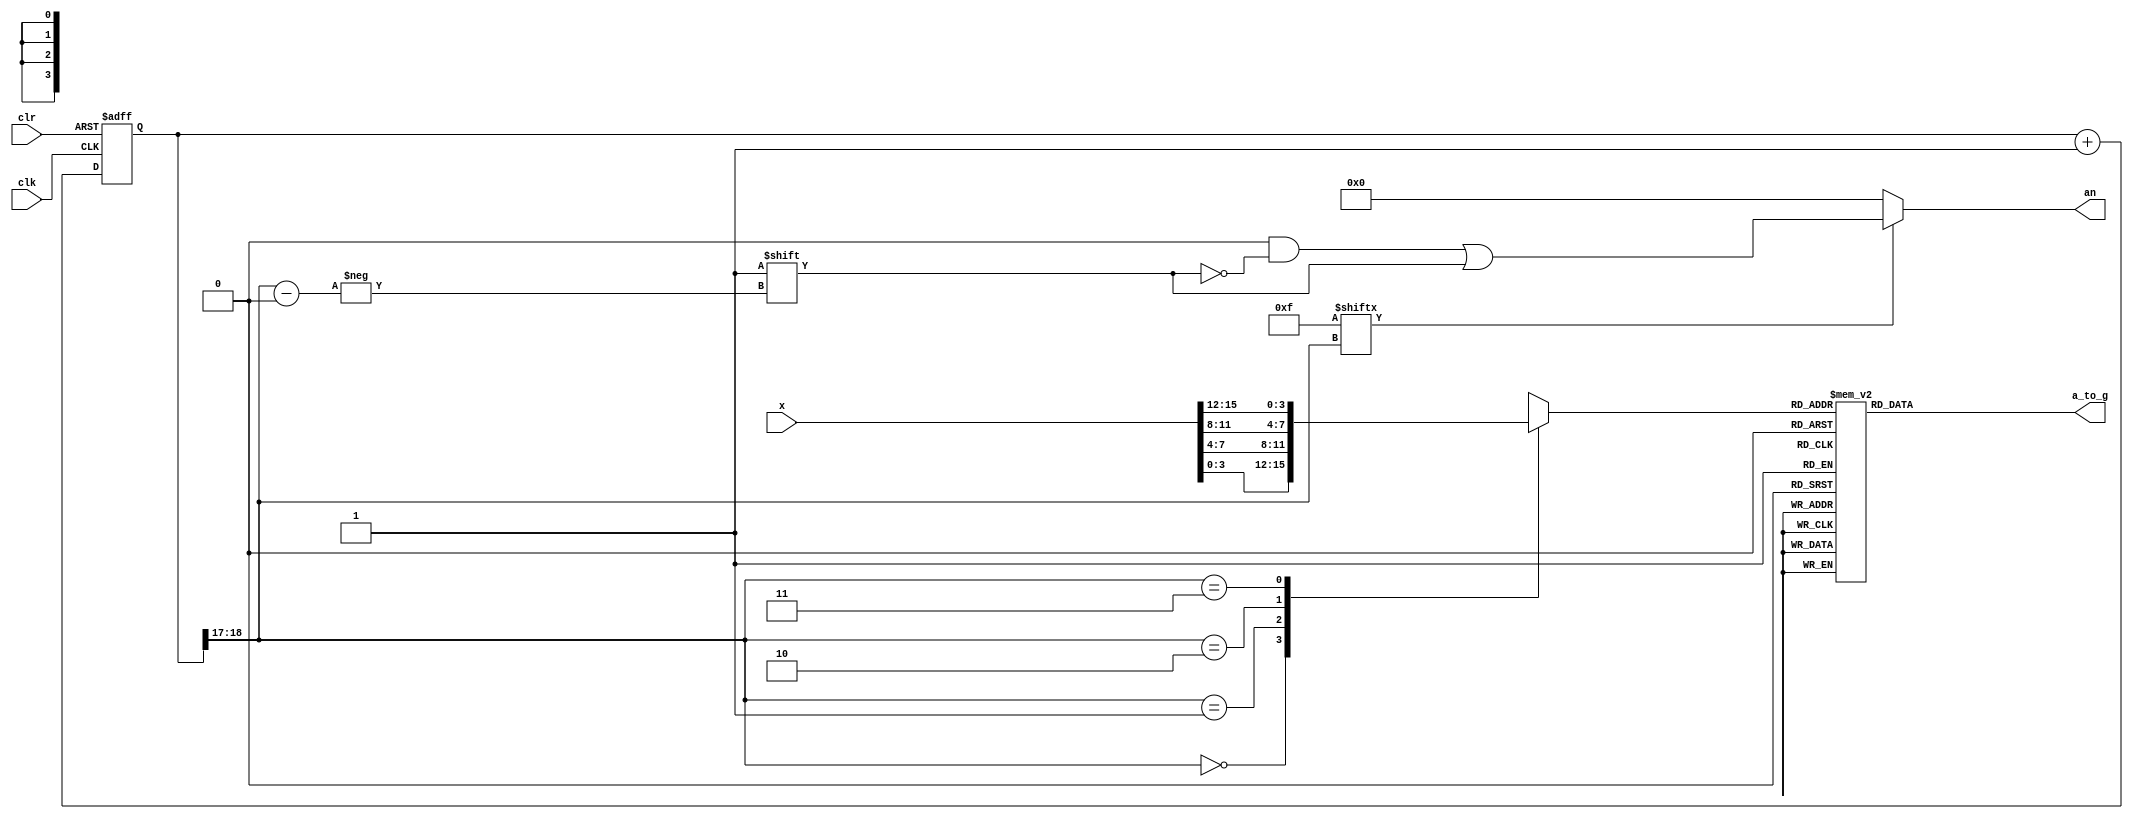
module hex_7_segment(
	input wire [15:0] x,
	input wire clk,
	input wire clr,
	output reg [6:0] a_to_g,
	output reg [3:0] an
);

wire [1:0] s;
reg [3:0] digit;
wire [3:0] aen;
reg [18:0] clkdiv;

assign s = clkdiv[18:17];
//assign aen[3]	= x[15] | x[14] | x[13] | x[12];
//assign aen[2]	= x[15] | x[14] | x[13] | x[12]
//					| x[11] | x[10] |  x[9] |  x[8];
//assign aen[1]	= x[15] | x[14] | x[13] | x[12]
//					| x[11] | x[10] |  x[9] |  x[8]
//					| x[7]  |  x[6] |  x[5] |  x[4];
//assign aen[0]	= 1;
assign aen = 4'b1111;

always @(*)
	case (s)
		0: digit = x[3:0];
		1: digit = x[7:4];
		2: digit = x[11:8];
		3: digit = x[15:12];
		default: digit = x[3:0];
	endcase

always @(*)
	case (digit)
		'h0: a_to_g = 7'b0000001;
		'h1: a_to_g = 7'b1001111;
		'h2: a_to_g = 7'b0010010;
		'h3: a_to_g = 7'b0000110;
		'h4: a_to_g = 7'b1001100;
		'h5: a_to_g = 7'b0100100;
		'h6: a_to_g = 7'b0100000;
		'h7: a_to_g = 7'b0001111;
		'h8: a_to_g = 7'b0000000;
		'h9: a_to_g = 7'b0000100;
		'ha: a_to_g = 7'b0001000;
		'hb: a_to_g = 7'b1100000;
		'hc: a_to_g = 7'b0110001;
		'hd: a_to_g = 7'b1000010;
		'he: a_to_g = 7'b0110000;
		'hf: a_to_g = 7'b0111000;
		default: a_to_g = 7'b0000001;
	endcase

always @(*)
	begin
		an = 4'b0000;
		if (aen[s] == 1)
			an[s] = 1;
	end

always @(posedge clk or posedge clr)
	begin
		if (clr == 1)
			clkdiv <= 0;
		else
			clkdiv <= clkdiv + 1;
	end

endmodule